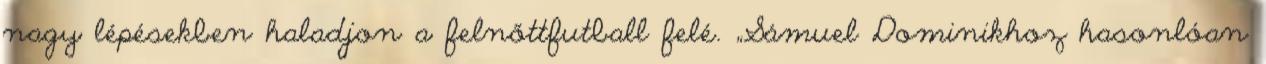
nagy lépésekben haladjon a felnőttfutball felé. „Sámuel Dominikhoz hasonlóan